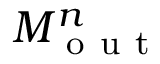
M _ { \mathrm { ~ o ~ u ~ t ~ } } ^ { n }